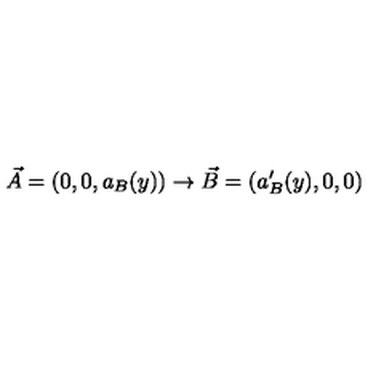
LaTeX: \vec { A } = ( 0 , 0 , a _ { B } ( y ) ) \rightarrow \vec { B } = ( a _ { B } ^ { \prime } ( y ) , 0 , 0 )